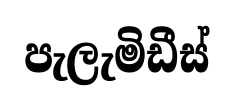
පැලැමිඩීස්